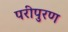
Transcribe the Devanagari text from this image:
परीपुरण